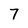
Character: 7